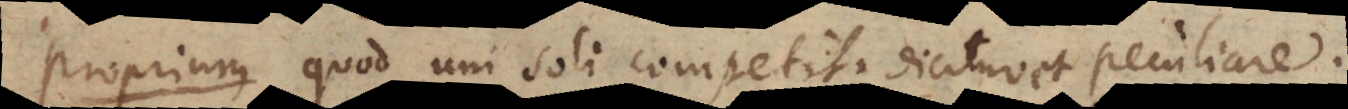
P quod uni soli competit. Dicitur et peculiare.